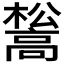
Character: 𮪺